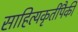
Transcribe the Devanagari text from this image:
साहित्यकृतींपैकी